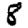
Digit: 8